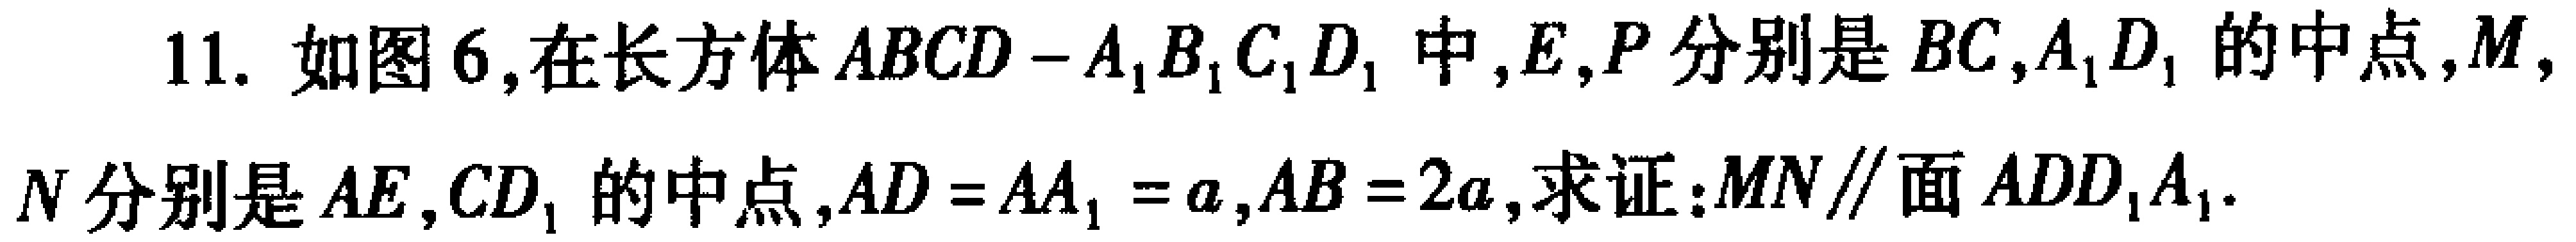
11. 如图6,在长方体\(ABCD - A_{1}B_{1}C_{1}D_{1}\)中,\(E,P\)分别是\(BC,A_{1}D_{1}\)的中点,\(M,\)
\(N\)分别是\(AE,CD_{1}\)的中点,\(AD = AA_{1}=a,AB = 2a\),求证:\(MN\parallel\)面\(ADD_{1}A_{1}\).